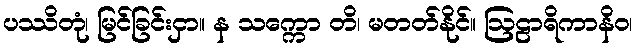
ပဿိတုံ၊ မြင်ခြင်းငှာ။ န သက္ကော တိ၊ မတတ်နိုင်။ ဩဠာရိကာနိဝ၊